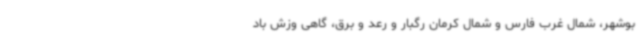
بوشهر، شمال غرب فارس و شمال کرمان رگبار و رعد و برق، گاهی وزش باد